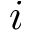
i